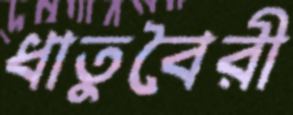
ধাতুবৈরী